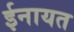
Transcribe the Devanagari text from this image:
ईनायत